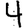
Digit: 4